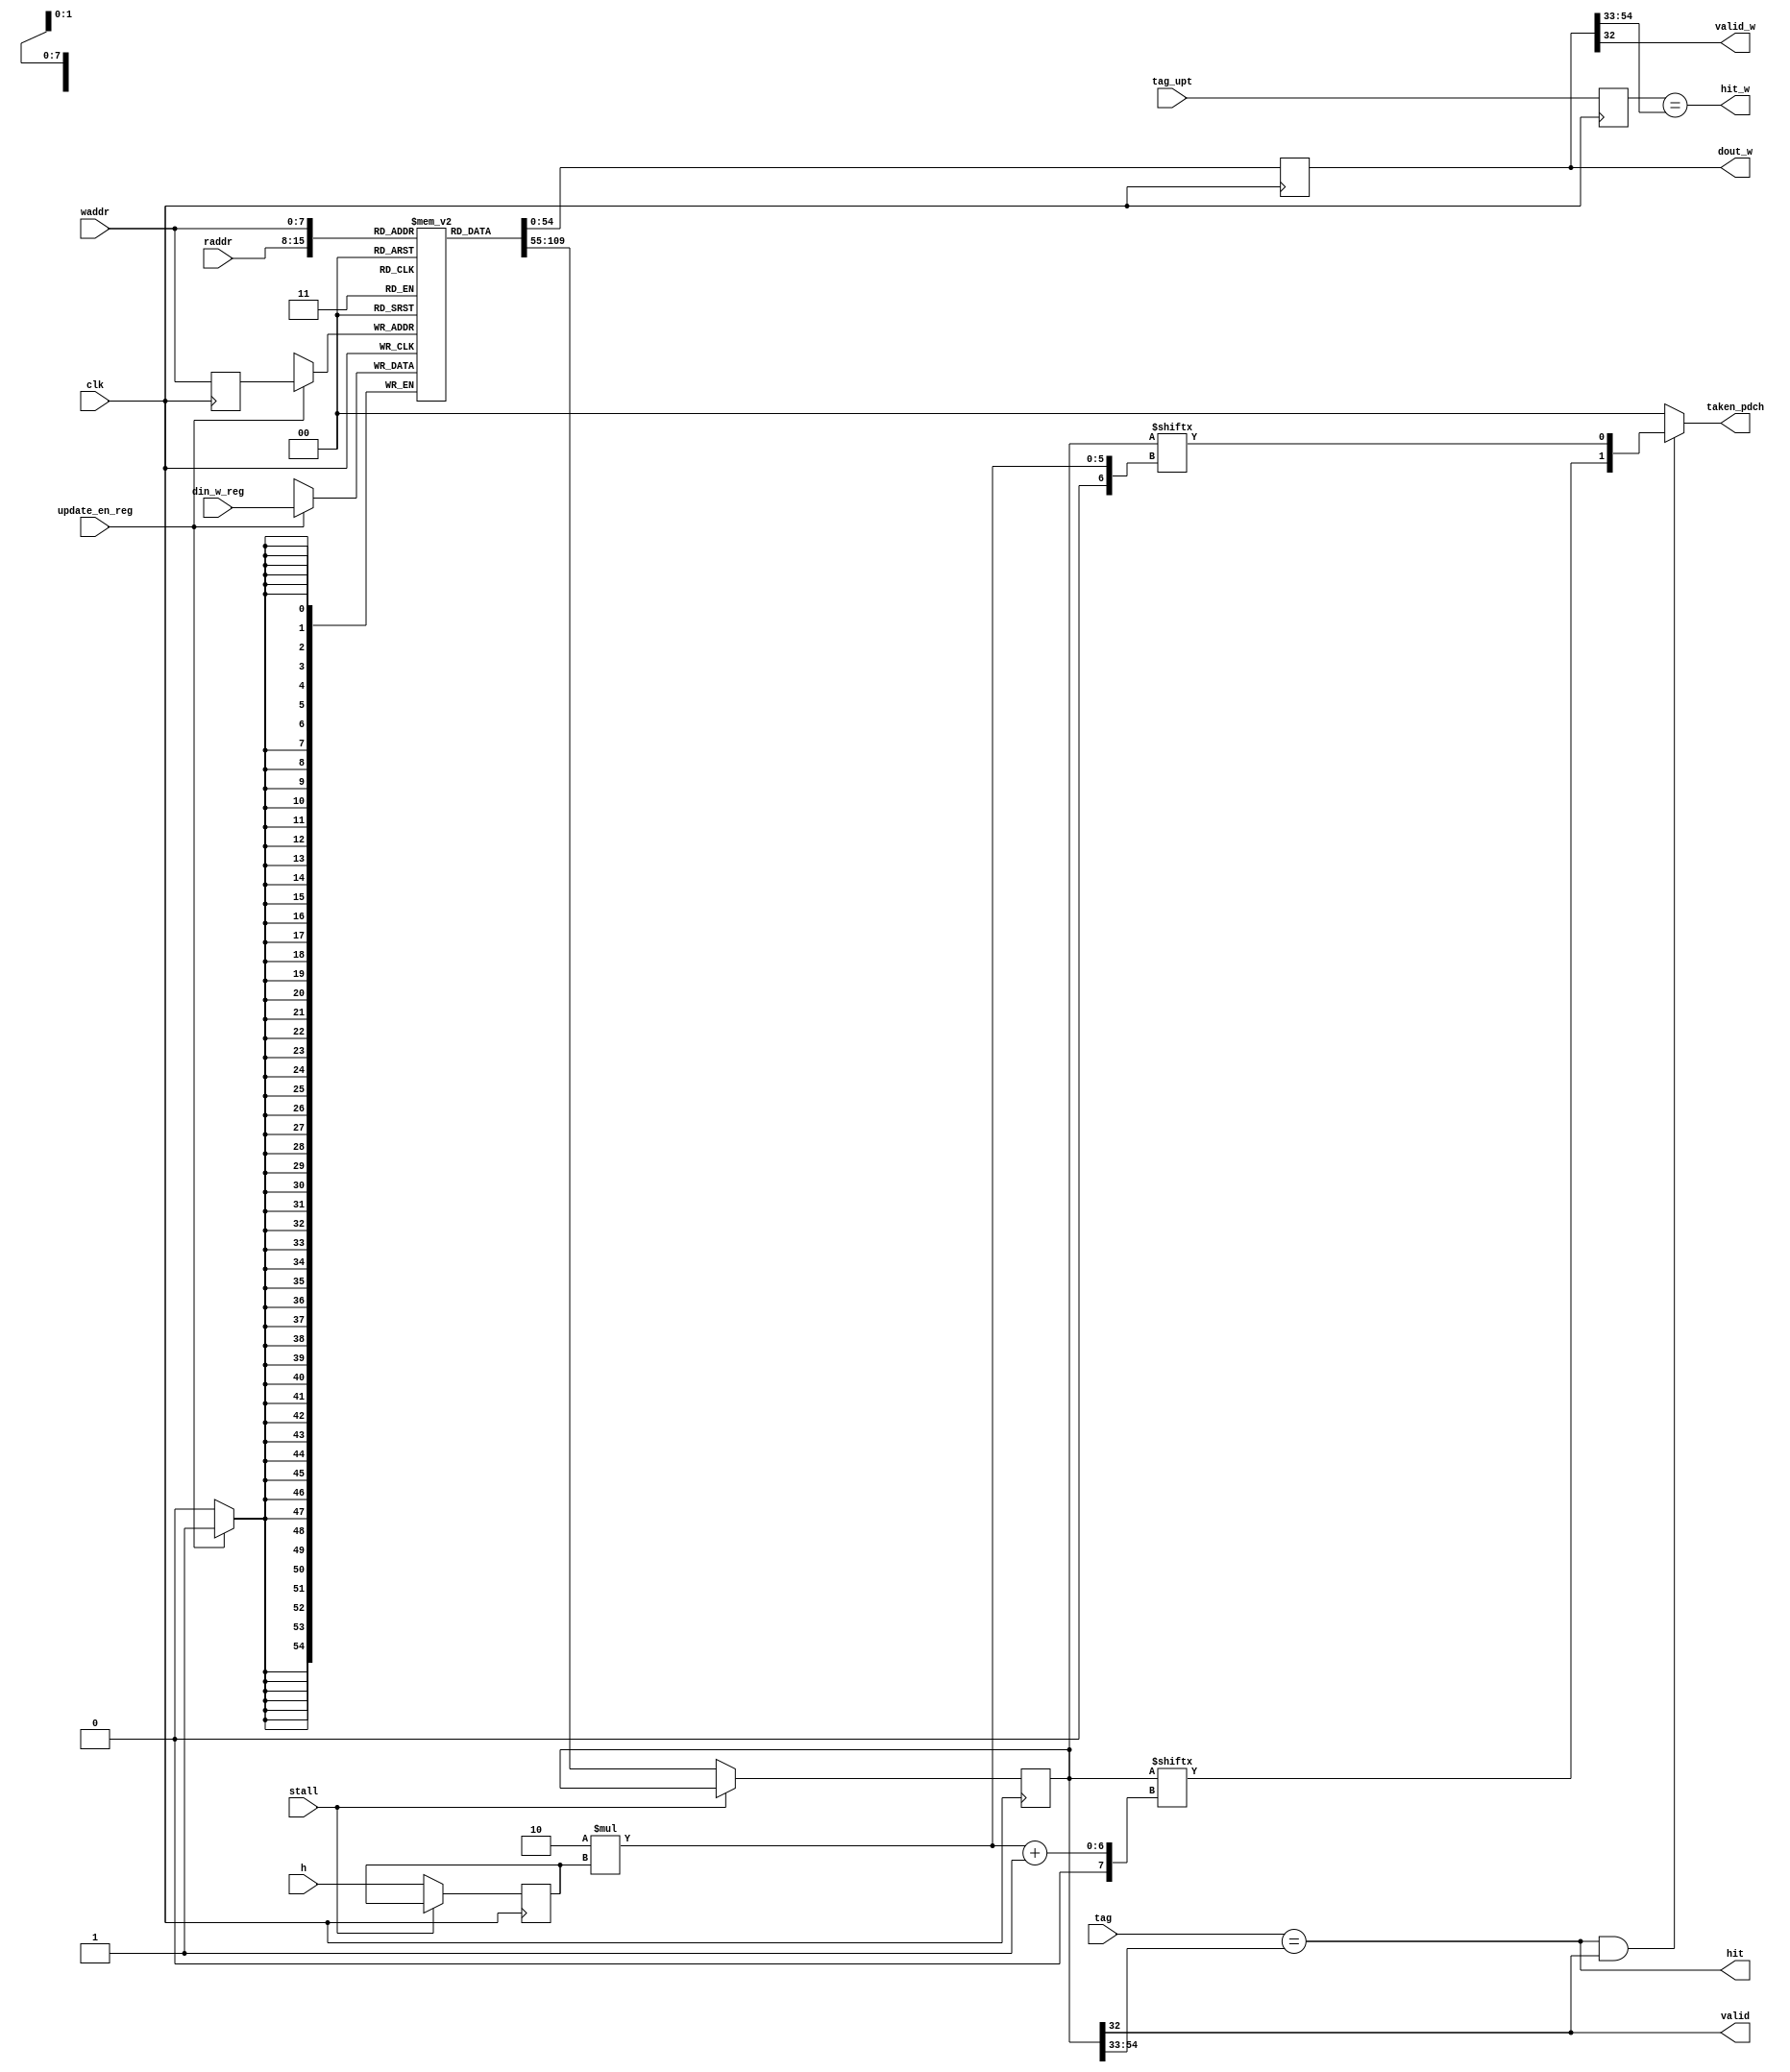
//
module pred_ram #(
    parameter TAG_WIDTH = 22,
              ADDR_WIDTH = 8,
              H_WIDTH = 4
)
(
    input clk,                    // Clock
    input stall,

    input  [ADDR_WIDTH-1:0] raddr,  // Read Address
    output [1:0]taken_pdch,
    input  [H_WIDTH-1:0] h,
    input  [TAG_WIDTH-1:0] tag,
    output hit,
    output valid,

    input  [ADDR_WIDTH-1:0] waddr,
    input  [TAG_WIDTH+(1<<H_WIDTH)*2:0] din_w_reg,
    input  [TAG_WIDTH-1:0] tag_upt,
    output reg[TAG_WIDTH+(1<<H_WIDTH)*2:0]dout_w,
    output hit_w,
    output valid_w,
    input  update_en_reg               // Write Enable
); 
    localparam DATA_WIDTH = TAG_WIDTH+(1<<H_WIDTH)*2+1;
    reg [DATA_WIDTH-1:0] dout_r;
    reg [DATA_WIDTH-1:0] ram [0:(1 << ADDR_WIDTH)-1];

    reg  [ADDR_WIDTH-1:0]   waddr_reg;
    reg  [TAG_WIDTH-1:0] tag_upt_reg;
    reg [H_WIDTH-1:0] h_reg;

    integer i;
    initial begin
        for (i = 0; i < (1 << ADDR_WIDTH); i = i + 1) begin
            ram[i] = 0;
        end
    end

    always @(posedge clk) begin
        waddr_reg   <= waddr   ;
        tag_upt_reg <= tag_upt ;

        if(~stall)h_reg       <= h       ;

        if(~stall)dout_r <= ram[raddr];
        dout_w <= ram[waddr];
        if (update_en_reg) ram[waddr_reg] <= din_w_reg;
    end
    assign  hit = tag == dout_r[TAG_WIDTH+(1<<H_WIDTH)*2:1+(1<<H_WIDTH)*2];
    assign  hit_w = tag_upt_reg == dout_w[TAG_WIDTH+(1<<H_WIDTH)*2:1+(1<<H_WIDTH)*2];
    assign  valid = dout_r[(1<<H_WIDTH)*2];
    assign  valid_w = dout_w[(1<<H_WIDTH)*2];

    assign  taken_pdch=(hit&valid)?{dout_r[2*h_reg+1],dout_r[2*h_reg]}:2'b0;

endmodule